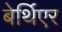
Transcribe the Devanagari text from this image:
बेर्थिएर